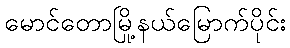
မောင်တောမြို့နယ်မြောက်ပိုင်း